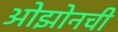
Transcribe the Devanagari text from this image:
ओझोनची